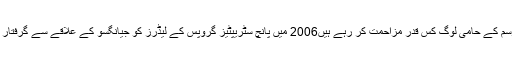
اتنے قوانین بنائے جانے کے بعد بھی اس طرح کے واقعات کا سامنے آنا یہ ثابت کرتا ہے کہ اس رسم کے حامی لوگ کس قدر مزاحمت کر رہے ہیں2006 میں پانچ سٹریپٹیز گروپس کے لیڈرز کو جیانگسو کے علاقے سے گرفتار کیا گیا تھا جب وہ ایک جنازے کی تقریب میں ہزاروں کے مجمع کے سامنے پرفارم کر رہے تھے۔